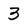
Character: 3